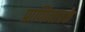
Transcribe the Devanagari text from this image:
प्राणिमात्रके